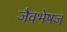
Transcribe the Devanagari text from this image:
जैवभेषज